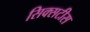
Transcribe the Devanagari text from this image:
सिक्सटीस